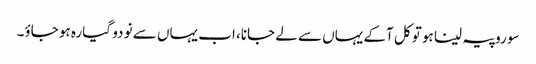
سو روپیہ لینا ہو تو کل آکے یہاں سے لے جانا، اب یہاں سے نو دو گیارہ ہو جاؤ۔